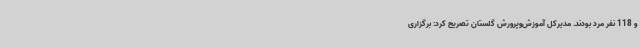
و 118 نفر مرد بودند. مدیرکل آموزش‌وپرورش گلستان تصریح کرد: برگزاری